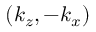
( k _ { z } , - k _ { x } )